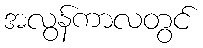
အလွန်ကာလတွင်